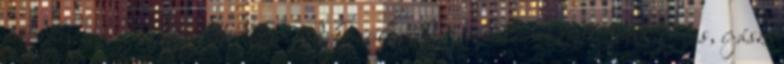
a bizánciak a legfejlettebbek mind közül. Megkülönböztethetünk lovas, íjász,